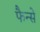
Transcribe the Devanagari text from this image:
फैन्से